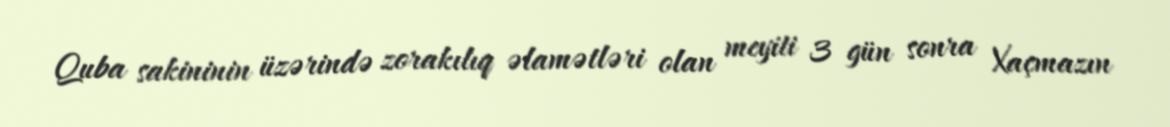
Quba sakininin üzərində zorakılıq əlamətləri olan meyiti 3 gün sonra Xaçmazın